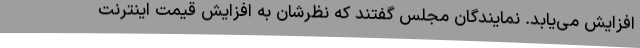
افزایش می‌یابد. نمایندگان مجلس گفتند که نظرشان به افزایش قیمت اینترنت